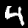
Digit: 4